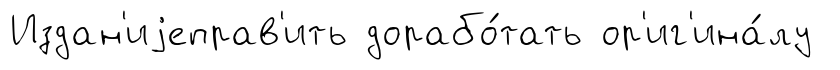
Издан'иjеправ'ить дорабо́тать ор'иг'ина́лу